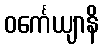
ဝင်္ကေယျာနိ